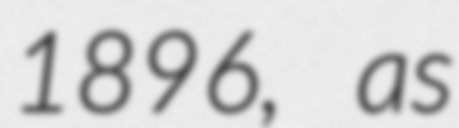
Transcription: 1896, as